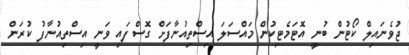
ޖުވެނައިލް ކޯޓުން ބުނީ އޮޓަމެޓިކުން މައްސަލަ އިސްތިއުނާފަށް ގޮސްފައި ވަނީ އިސްތިއުނާފު ކުރަން